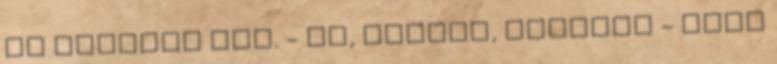
is magával húz. - Oh, baszki, tényleg - nyög